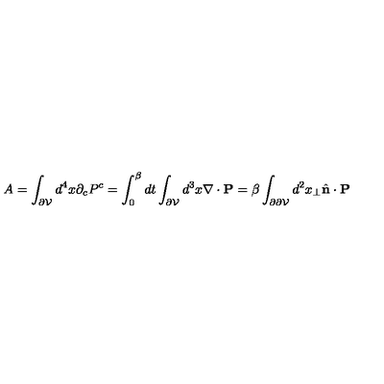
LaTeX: A = \int _ { \partial { \cal V } } d ^ { 4 } x \partial _ { c } P ^ { c } = \int _ { 0 } ^ { \beta } d t \int _ { \partial { \cal V } } d ^ { 3 } x \nabla \cdot { \bf P } = \beta \int _ { \partial \partial { \cal V } } d ^ { 2 } x _ { \perp } \hat { \bf n } \cdot { \bf P }